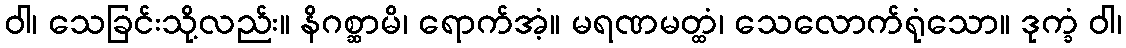
ဝါ၊ သေခြင်းသို့လည်း။ နိဂစ္ဆာမိ၊ ရောက်အံ့။ မရဏမတ္ထံ၊ သေလောက်ရုံသော။ ဒုက္ခံ ဝါ၊